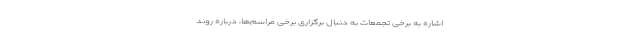
اشاره به برخی تجمعات به دنبال برگزاری برخی مراسم‌ها، درباره روند